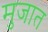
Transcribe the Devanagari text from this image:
मुजात